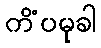
ကိံပမုခါ